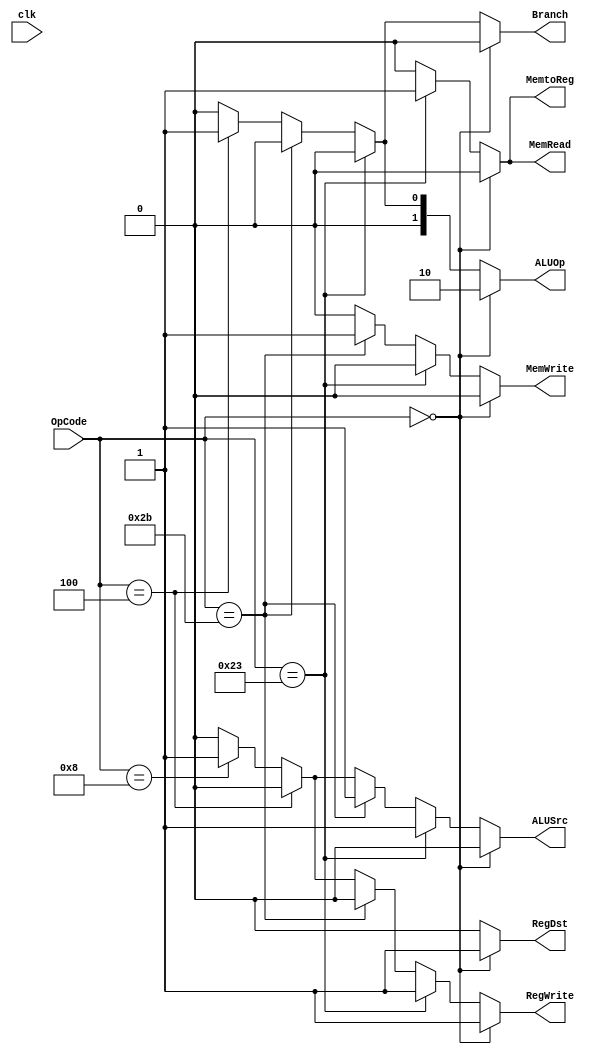
module ControlUnit (clk,OpCode, RegDst, Branch, MemRead, MemtoReg, ALUOp, MemWrite, ALUSrc, RegWrite);

input wire [5:0] OpCode;
input clk;
output wire RegDst;
output wire Branch;
output wire MemRead;
output wire MemtoReg;
output wire [1:0] ALUOp;
output wire MemWrite;
output wire ALUSrc;
output wire RegWrite;

assign RegDst= (OpCode==6'b000000)? 1'b1: //R instruction
               (OpCode==6'b100011)? 1'b0: //lw intruction
               (OpCode==6'b101011)? 1'b0: //sw instruction
               (OpCode==6'b000100)? 1'b0: //beq instruction
               (OpCode==6'b001000)? 1'b0: //addi instruction
               1'b0;
assign Branch= (OpCode==6'b000000)? 1'b0: //R instruction
               (OpCode==6'b100011)? 1'b0: //lw intruction
               (OpCode==6'b101011)? 1'b0: //sw instruction
               (OpCode==6'b000100)? 1'b1: //beq instruction
               (OpCode==6'b001000)? 1'b0: //addi instruction
               1'b0;
assign MemRead= (OpCode==6'b000000)? 1'b0: //R instruction
               (OpCode==6'b100011)? 1'b1: //lw intruction
               (OpCode==6'b101011)? 1'b0: //sw instruction
               (OpCode==6'b000100)? 1'b0: //beq instruction
               (OpCode==6'b001000)? 1'b0: //addi instruction
               1'b0;
assign MemtoReg= (OpCode==6'b000000)? 1'b0: //R instruction
               (OpCode==6'b100011)? 1'b1: //lw intruction
               (OpCode==6'b101011)? 1'b0: //sw instruction
               (OpCode==6'b000100)? 1'b0: //beq instruction
               (OpCode==6'b001000)? 1'b0: //addi instruction
               1'b0;
assign ALUOp= (OpCode==6'b000000)? 2'b10: //R instruction
               (OpCode==6'b100011)? 2'b00: //lw intruction
               (OpCode==6'b101011)? 2'b00: //sw instruction
               (OpCode==6'b000100)? 2'b01: //beq instruction
               (OpCode==6'b001000)? 2'b00: //addi instruction
               2'b00;
assign MemWrite= (OpCode==6'b000000)? 1'b0: //R instruction
               (OpCode==6'b100011)? 1'b0: //lw intruction
               (OpCode==6'b101011)? 1'b1: //sw instruction
               (OpCode==6'b000100)? 1'b0: //beq instruction
               (OpCode==6'b001000)? 1'b0: //addi instruction
               1'b0;
assign ALUSrc= (OpCode==6'b000000)? 1'b0: //R instruction
               (OpCode==6'b100011)? 1'b1: //lw intruction
               (OpCode==6'b101011)? 1'b1: //sw instruction
               (OpCode==6'b000100)? 1'b0: //beq instruction
               (OpCode==6'b001000)? 1'b1: //addi instruction
               1'b0;
assign RegWrite= (OpCode==6'b000000)? 1'b1: //R instruction
               (OpCode==6'b100011)? 1'b1: //lw intruction
               (OpCode==6'b101011)? 1'b0: //sw instruction
               (OpCode==6'b000100)? 1'b0: //beq instruction
               (OpCode==6'b001000)? 1'b1: //addi instruction
               1'b0;

endmodule